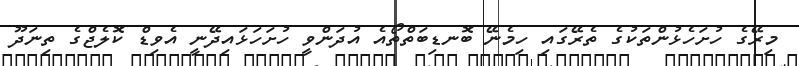
މިރޭގެ ހުށަހެޅުންތަކުގެ ތެރޭގައި ހިމެނޭ ބޮނޑިބަތްތޯއެ އުދަންވީ ހުށަހަޅައިދޭނީ އެވިޑް ކޮލެޖްގެ ތިނަދޫ